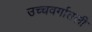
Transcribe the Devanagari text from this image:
उच्चवर्गातली